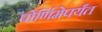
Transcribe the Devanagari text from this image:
पोर्णिमेपर्यंत